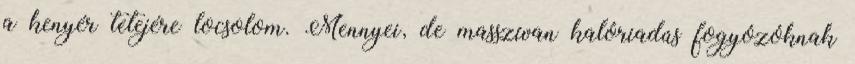
a kenyér tetejére locsolom. Mennyei, de masszívan kalóriadús fogyózóknak